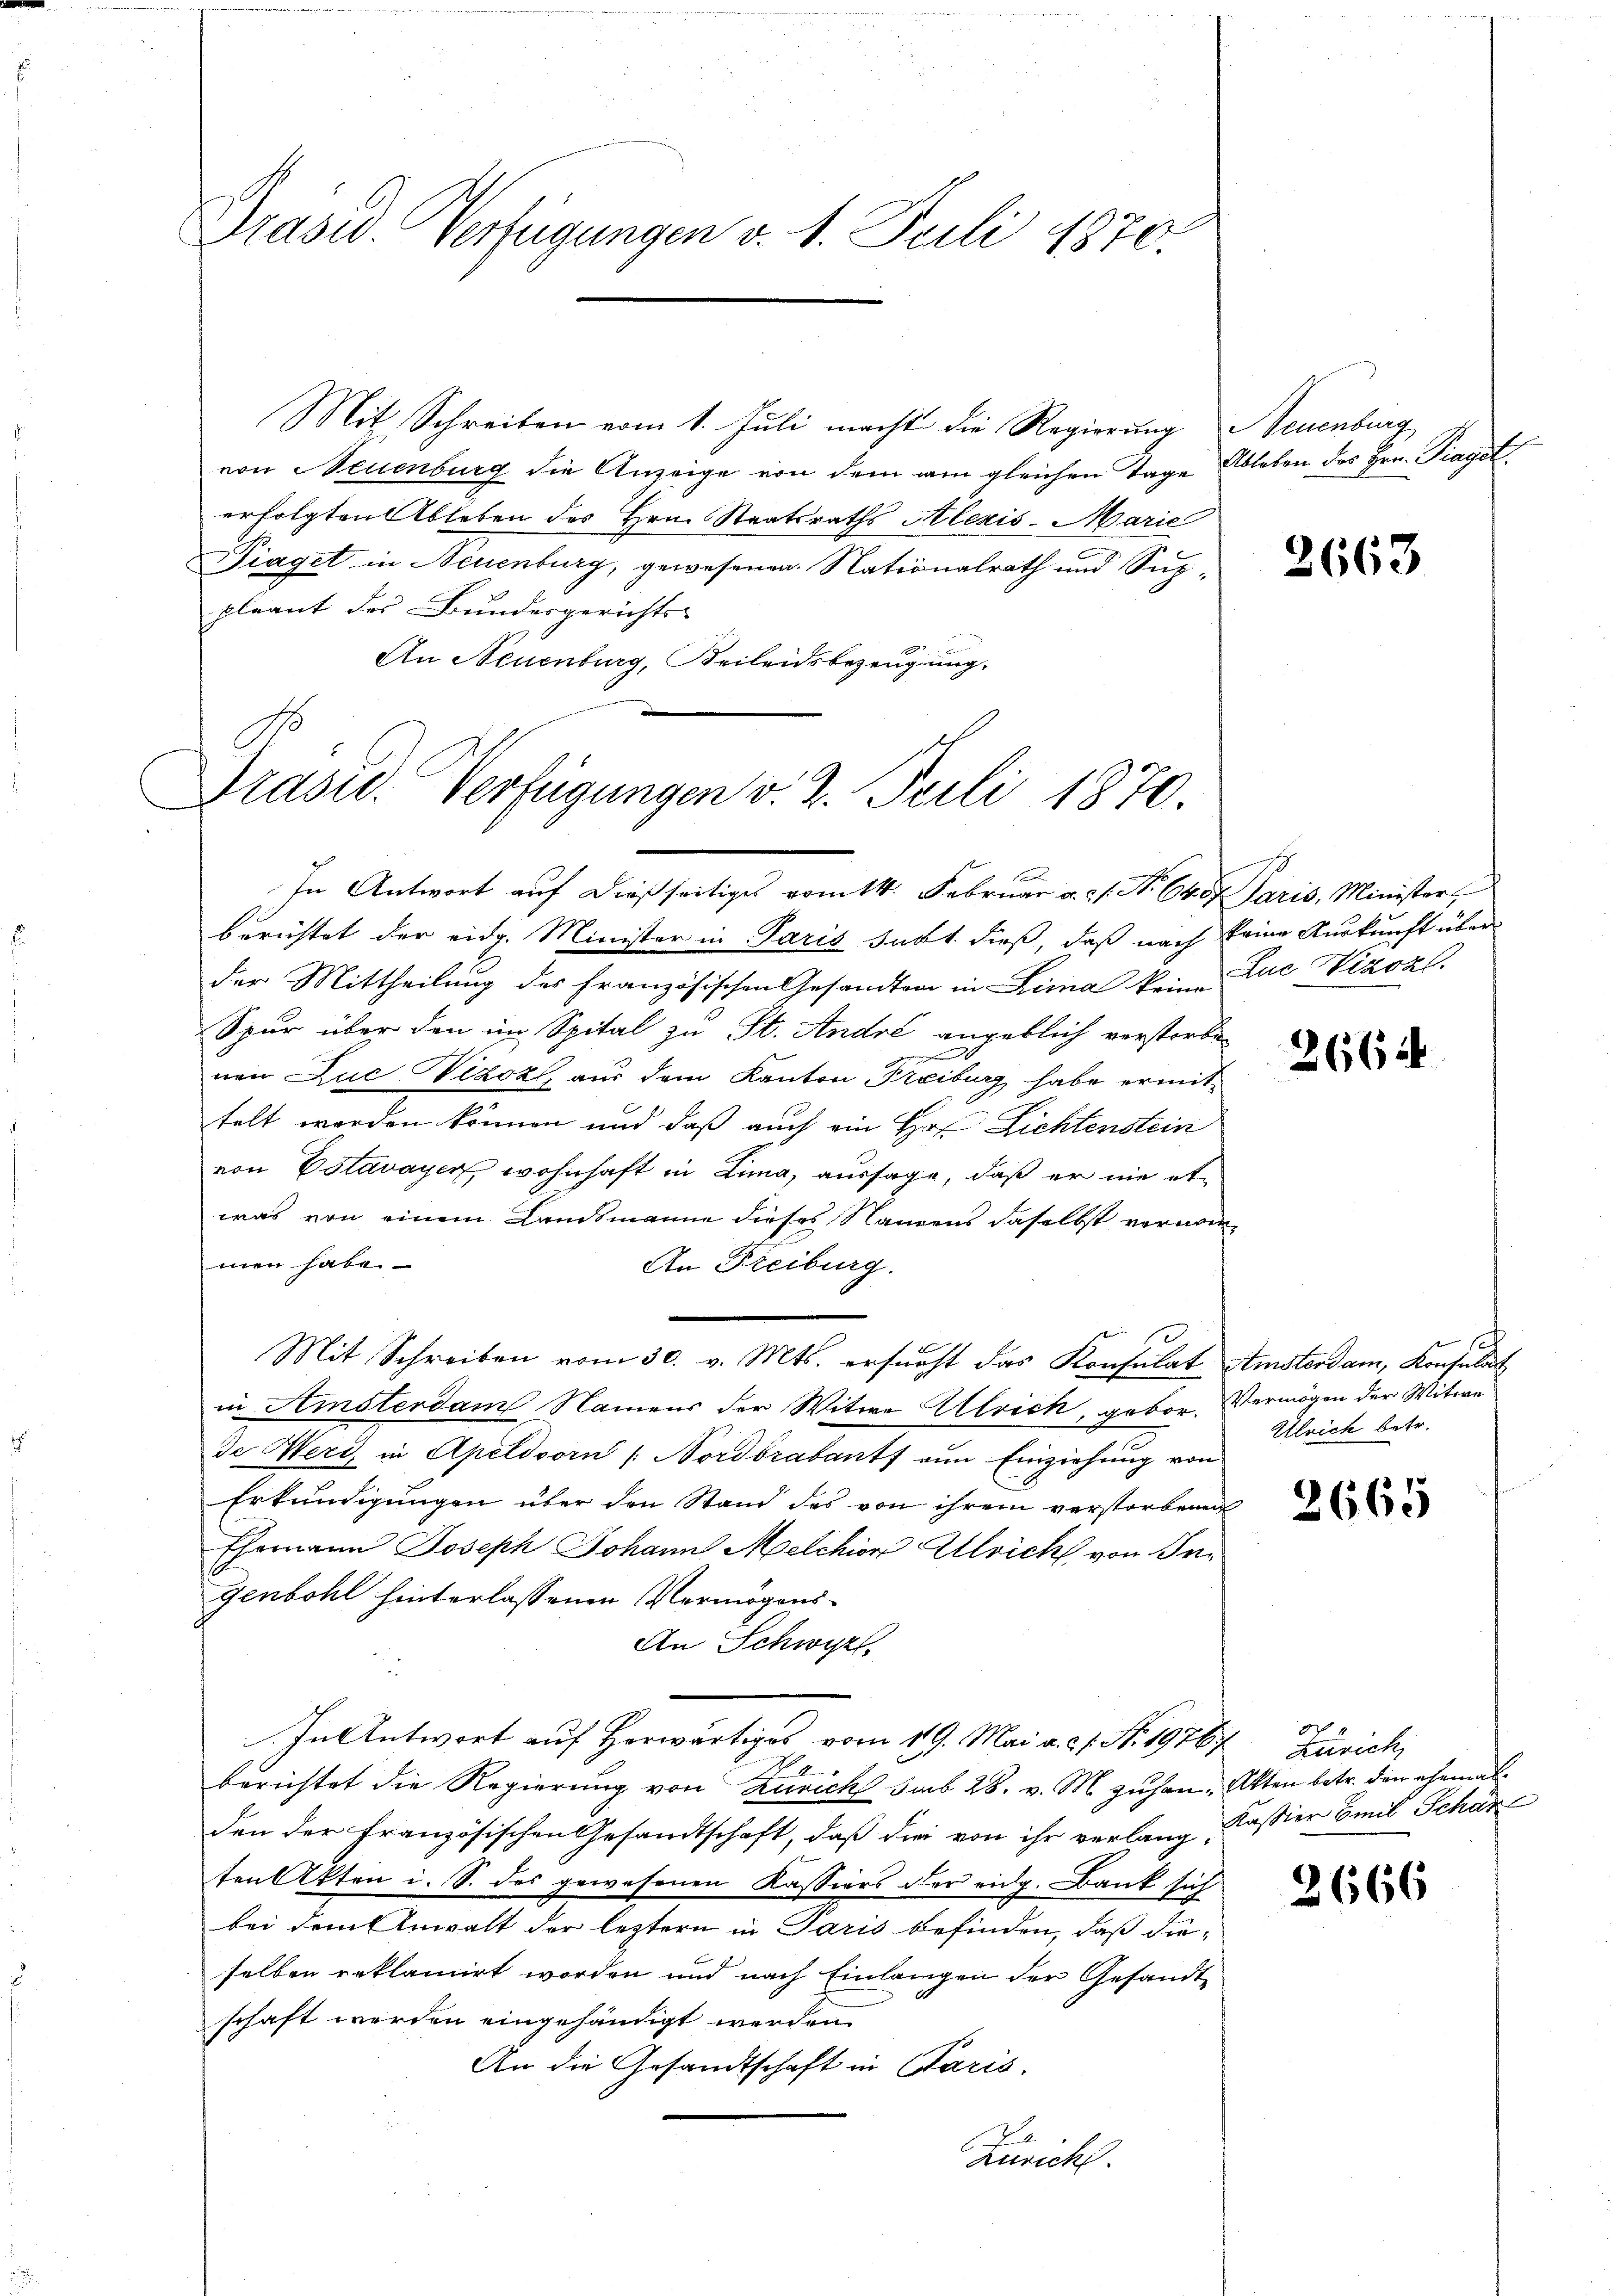
Präsid. Verfügungen v. 1. Juli 1870.

Mit Schreiben vom 1. Juli macht die Regierung Neuenburg
von Neuenburg die Anzeige von dem am gleichen Tage Ableben des Hrn. Piaget,
erfolgten Ableben des Hrn. Staatsraths Alezis-Marie
Fiaget in Neuenburg, gewesenen Nationalrath und Suppleant des Bundesgerichts-
An Neuenburg, Beileidsbezeugung.

Präsid. Verfügungen v. 2. Juli 1870.

In Antwort auf dießseitiges vom 14. Februar a. s. No 640. Paris, Minister
berichtet der eidg. Minister in Paris subt dieß, daß nach keine Auskunft über
der Mittheilung des französischen Gesandten in Lima keine Luc Vizozl.
Spur über den im Spital zu St. André angeblich verstorbe
g
nen Luc Vizoz aus dem Kanton Treiburg, habe ermittelt werden können und daß auch ein Hof Lichtenstein
von Estavayer, wohnhaft in Lina, aussage, daß er nie etwas von einem Landsmanne dieses Namens daselbst vernommen habe.
An Freiburg.
Mit Schreiben vom 30. v. Mts. ersucht das Konsulat Amsterdam, Konsulat
in Amsterdam Namens der Witwe Attrich, gebor. Vermögen der Witwe
de Wert in Apeldsorn / Nordbrabants von Einziehung von
Erkundigungen über den Stand des von ihrem verstorbenen
Ehemann Joseph Johann Melchior Ulrich von Ingenbohl hinterlassenen Vermögens
An Schwyzt
In Antwort auf Horwärtiges vom 19. Mai v. 21. No. 19767. Zürich,

berichtet die Regierung von Zürich sub 28. v. M. zuhan-Akten betr. den ehemal
den der französischen Gesandtschaft, daß die von ihr verlang, Kassier Emil Schäre
ten Akten i. S. des gewesenen Kassiers der eidg. Bank sich
bei dem Anwalt der leztern in Paris befinden, daß dieselben reklamirt worden und nach Einlangen der Gesandtschaft werden eingehändigt werden.
An die Gesandtschaft in Paris.
Züricht.

2663

2664

Ulrich betr.

2665

2666